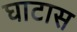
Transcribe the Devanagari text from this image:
घाटास